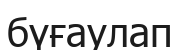
бүғаулап